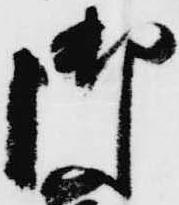
御